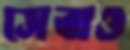
সেবাও